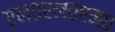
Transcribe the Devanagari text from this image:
एल०एल०एम०